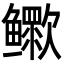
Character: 𬶷